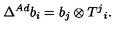
\Delta ^ { A d } b _ { i } = b _ { j } \otimes T ^ { j } { } _ { i } .